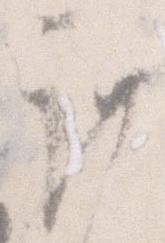
謹